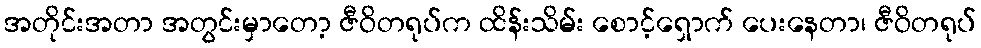
အတိုင်းအတာ အတွင်းမှာတော့ ဇီဝိတရုပ်က ထိန်းသိမ်း စောင့်ရှောက် ပေးနေတာ၊ ဇီဝိတရုပ်